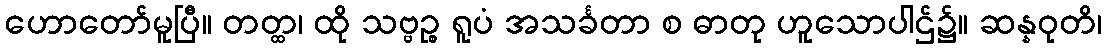
ဟောတော်မူပြီ။ တတ္ထ၊ ထို သဗ္ဗဉ္စ ရူပံ အသင်္ခတာ စ ဓာတု ဟူသောပါဌ်၌။ ဆန္နဝုတိ၊